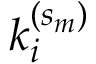
k _ { i } ^ { ( s _ { m } ) }